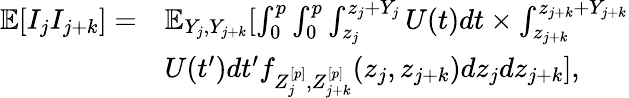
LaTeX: \begin{array}{rl}{\mathbb{E}[I_{j}I_{j+k}]=}&{\mathbb{E}_{Y_{j},Y_{j+k}}[\int_{0}^{p}\int_{0}^{p}\int_{z_{j}}^{z_{j}+Y_{j}}U(t)dt\times\int_{z_{j+k}}^{z_{j+k}+Y_{j+k}}}\\ &{U(t^{\prime})dt^{\prime}f_{Z_{j}^{[p]},Z_{j+k}^{[p]}}(z_{j},z_{j+k})dz_{j}dz_{j+k}],}\end{array}